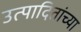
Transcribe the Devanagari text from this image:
उत्पादितांच्या